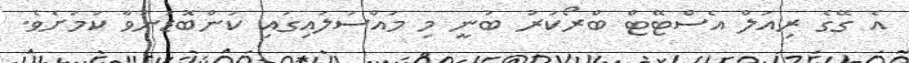
އެ ގޭގެ ރިއަލް އެސްޓޭޓް ބްރޯކަރު ބުނީ މި މައްސަލައިގައި ކަންބޮޑުނުވާ ކަމަށެވެ.